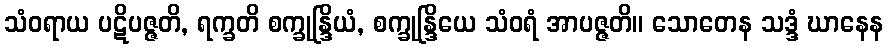
သံဝရာယ ပဋိပဇ္ဇတိ, ရက္ခတိ စက္ခုန္ဒြိယံ, စက္ခုန္ဒြိယေ သံဝရံ အာပဇ္ဇတိ။ သောတေန သဒ္ဒံ ဃာနေန